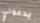
يدعوني